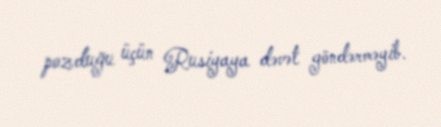
pozduğu üçün Rusiyaya dəvət göndərməyib.